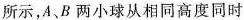
所示，A、B两小球从相同高度同时